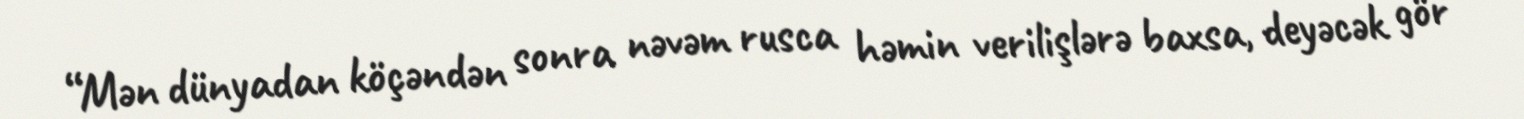
“Mən dünyadan köçəndən sonra nəvəm rusca həmin verilişlərə baxsa, deyəcək gör